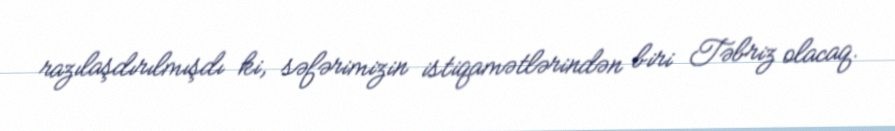
razılaşdırılmışdı ki, səfərimizin istiqamətlərindən biri Təbriz olacaq.